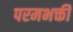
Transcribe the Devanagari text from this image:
परमभक्ती